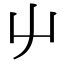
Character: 䶹